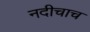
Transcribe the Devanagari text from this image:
नदीचाच